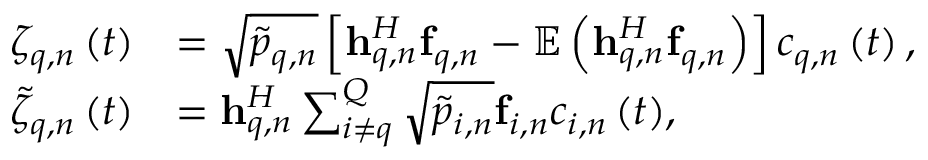
\begin{array} { r l } { { \zeta _ { q , n } } \left( t \right) } & { = \sqrt { { { \tilde { p } } _ { q , n } } } \left[ { { \bf { h } } _ { q , n } ^ { H } { { \bf { f } } _ { q , n } } - { \mathbb E } \left( { { \bf { h } } _ { q , n } ^ { H } { { \bf { f } } _ { q , n } } } \right) } \right] { c _ { q , n } } \left( t \right) , } \\ { { { \tilde { \zeta } } _ { q , n } } \left( t \right) } & { = { \bf { h } } _ { q , n } ^ { H } \sum _ { i \ne q } ^ { Q } { \sqrt { { { \tilde { p } } _ { i , n } } } { { \bf { f } } _ { i , n } } { c _ { i , n } } \left( t \right) } , } \end{array}